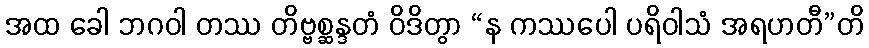
အထ ခေါ ဘဂဝါ တဿ တိဗ္ဗစ္ဆန္ဒတံ ဝိဒိတွာ “န ကဿပေါ ပရိဝါသံ အရဟတီ”တိ